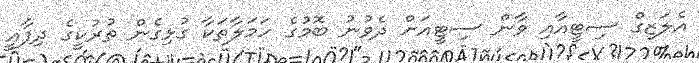
އެލަޒިގް ސިޓީއާއި ވާން ސިޓީއަށް ދެވުނު ބޮމުގެ ހަމަލާތަކާ ގުޅިގެން ތުރުކީގެ ދިފާއީ